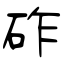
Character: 砟